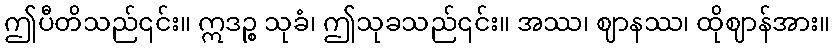
ဤပီတိသည်၎င်း။ ဣဒဉ္စ သုခံ၊ ဤသုခသည်၎င်း။ အဿ၊ ဈာနဿ၊ ထိုဈာန်အား။